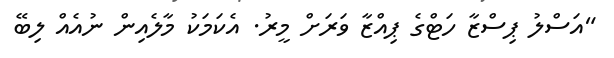
"އަސްލު ޕިސްޒާ ހަޓްގެ ޕިއްޒާ ވަރަށް މީރު. އެކަމަކު މާލެއިން ނުއެއް ލިބޭ